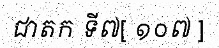
ជាតក ទី៧[ ១០៧ ]